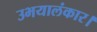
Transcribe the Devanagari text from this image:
उभयालंकार।